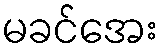
မခင်အေး